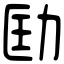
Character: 劻